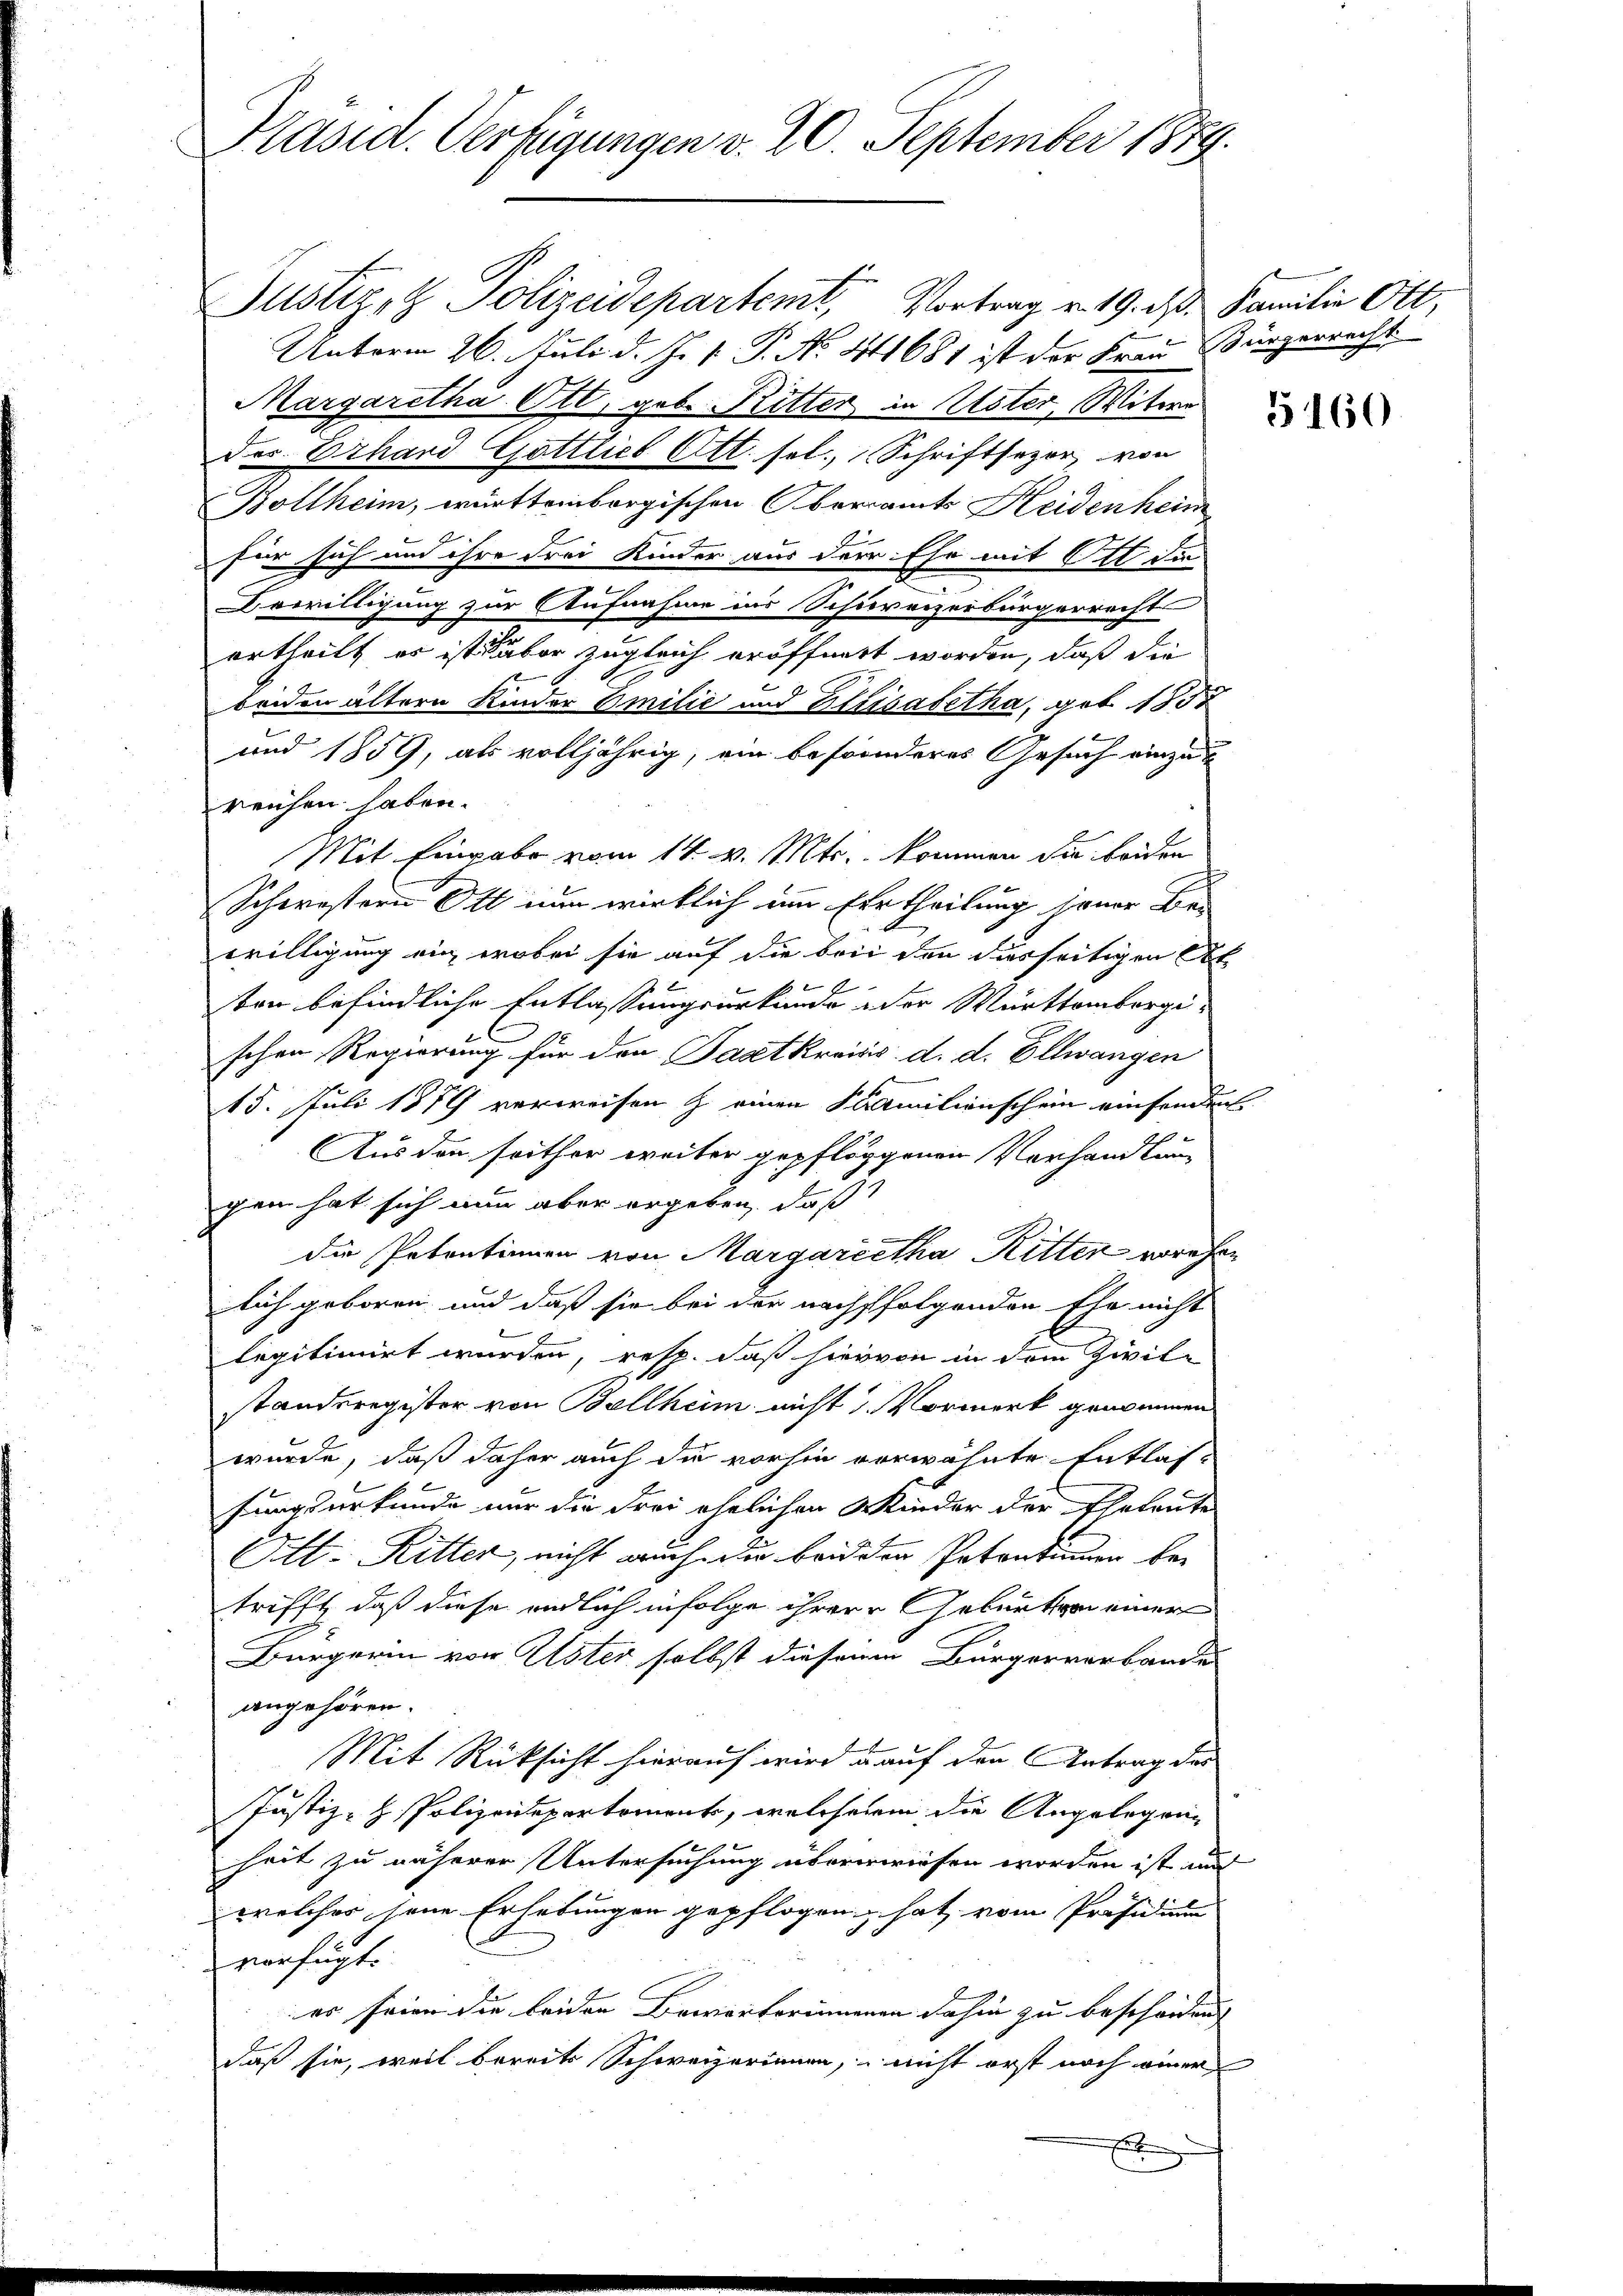
Präsid. Verfügungen v. 20. September 1889.

Justiz & Polizeidepartemt Vortrag v. 19. d. Familie Ott,
Unterm 26. Juli d. Js. v. P. Nr. 44681 ist der Frau Bürgerrecht
Margaretha Ott, geb. Ritter in Uster, Witwe
des Erhard Göttlich Ott. sel. Schriftsezor von
Bollheim, württembergischen Oberamts Heidenheim
für sich und ihre drei Kinder aus der Ehe mit Ott di
Bewilligung zur Aufnahme ins Schweizerbürgerrecht
ertheilt er ist aber zugleich eröffnert worden, daß die
2
beiden ältern Kinder Emilie und Elisabetha, geb. 1832
und 1859, als volljährig, ein besonderes Gesuch einzug
reichen haben.
Mit Eingabe vom 14. v. Mts. kommen die beiden
Scherestern Ott nun wirklich um Ertheilung jener Be-
willigung ein, wobei sie auf die bei den diesseitigen At
ten befindliche Entlassungsurkunde oder Württembergischen Regierung für den Pastkreisis d. d. Ellwangen
15. Juli 1879 verweisen & einen Familienschein einsenden
Aus den seither weiter gepfloggenen Vorhandlung
gen hat sich nun aber ergeben, daß
die Petentinnen von Margaretha Ritter vorehen
lich geboren und daß sie bei der nachsfolgenden Ehe nicht
legitimirt wurden, resp. daß hiervon in dem Zivilstandsregister von Ballheim nicht Vormerk genommen
wurde, daß daher auch die vorhin verwähnte Entlas-
fungsurkunde nur die Frei ähnlichen Kinder der Eheleute
Ott-Ritter, nicht auch du baid den Petentimen betrifft, daß diese endlich infolge ihrere Geburt von einer
Bürgerin von Uster selbst diesem Bürgerverbandes
angehören.
Mit Rücksicht hierauf wird u auf den Antrag des
Justiz- & Polizeidepartement, welcherin die Angelegenheit zu näherer Untersuchung überwiesen worden ist und
welches jene Erhebungen gepflogen hat, vom Präsidium
verfügt.
er seien die beiden Bewarterinnenen dahin zu bescheiden |
daß sie, weil bereits Schweizerinnen, – nicht erst noch einer
r

5160